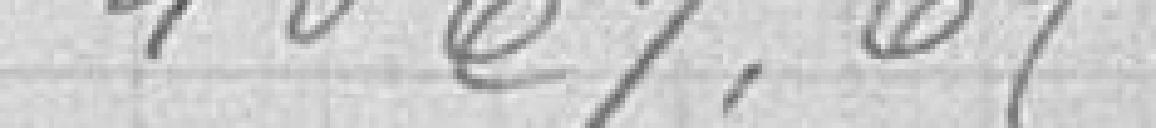
4064,65